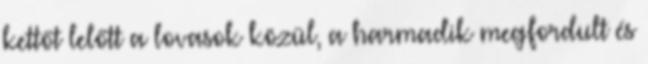
kettőt lelőtt a lovasok közül, a harmadik megfordult és